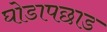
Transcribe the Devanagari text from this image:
घोडापछाड